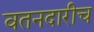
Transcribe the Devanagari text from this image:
वतनदारीच